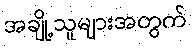
အချို့သူများအတွက်